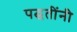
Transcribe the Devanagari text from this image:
पद्घतींनी